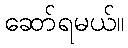
ဆော်ရမယ်။